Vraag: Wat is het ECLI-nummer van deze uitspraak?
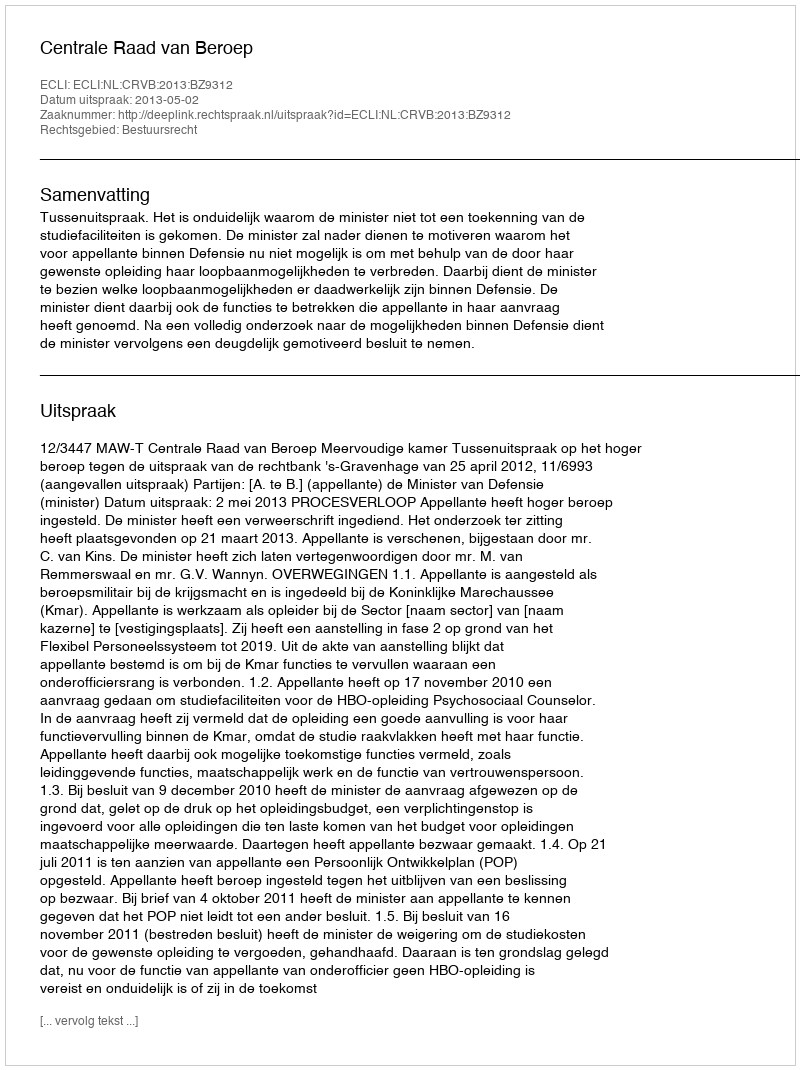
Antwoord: ECLI:NL:CRVB:2013:BZ9312